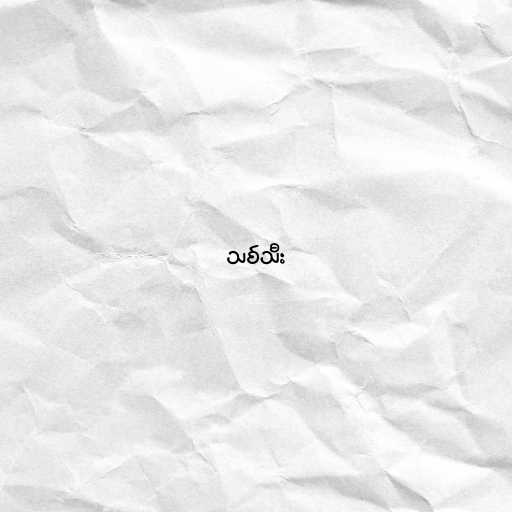
သစ်သီး